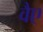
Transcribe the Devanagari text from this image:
वैए